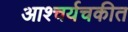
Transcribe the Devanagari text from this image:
आश्चर्यचकीत